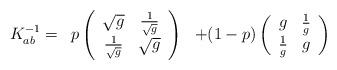
LaTeX: \begin{align*}\begin{array}{ccc} K^{-1}_{ab} = & p \left(\begin{array}{cc} \sqrt{g} & { 1 \over \sqrt{g}} \\{1 \over \sqrt{g}} & \sqrt{g}\end{array} \right) & + (1-p)\left(\begin{array}{cc}g & { 1 \over g} \\{1 \over g} & g\end{array} \right)\end{array}\end{align*}